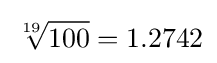
{\sqrt[{19}]{100}}=1.2742